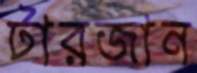
টারজান